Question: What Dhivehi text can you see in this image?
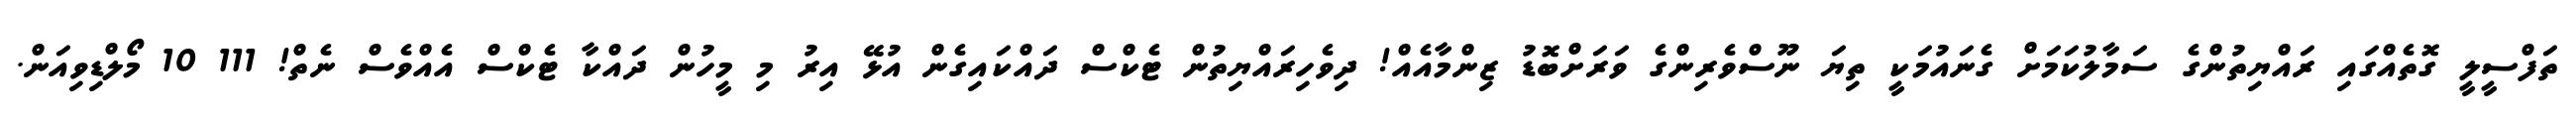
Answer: ތަފްސީލީ ގޮތެއްގައި ރައްޔިތުންގެ ސަމާލުކަމަށް ގެނައުމަކީ ތިޔަ ނޫސްވެރިންގެ ވަރަށްބޮޑު ޒިންމާއެއް! ދިވެހިރައްޔިތުން ޓެކްސް ދައްކައިގެން އުޅޭ އިރު މި މީހުން ދައްކާ ޓެކްސް އެއްވެސް ނެތް! 111 10 މޯލްޑިވިއަން.